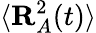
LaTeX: \langle\mathbf{R}_{A}^{2}(t)\rangle